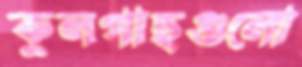
কুলগাছগুলো